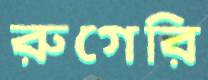
রুগেরি